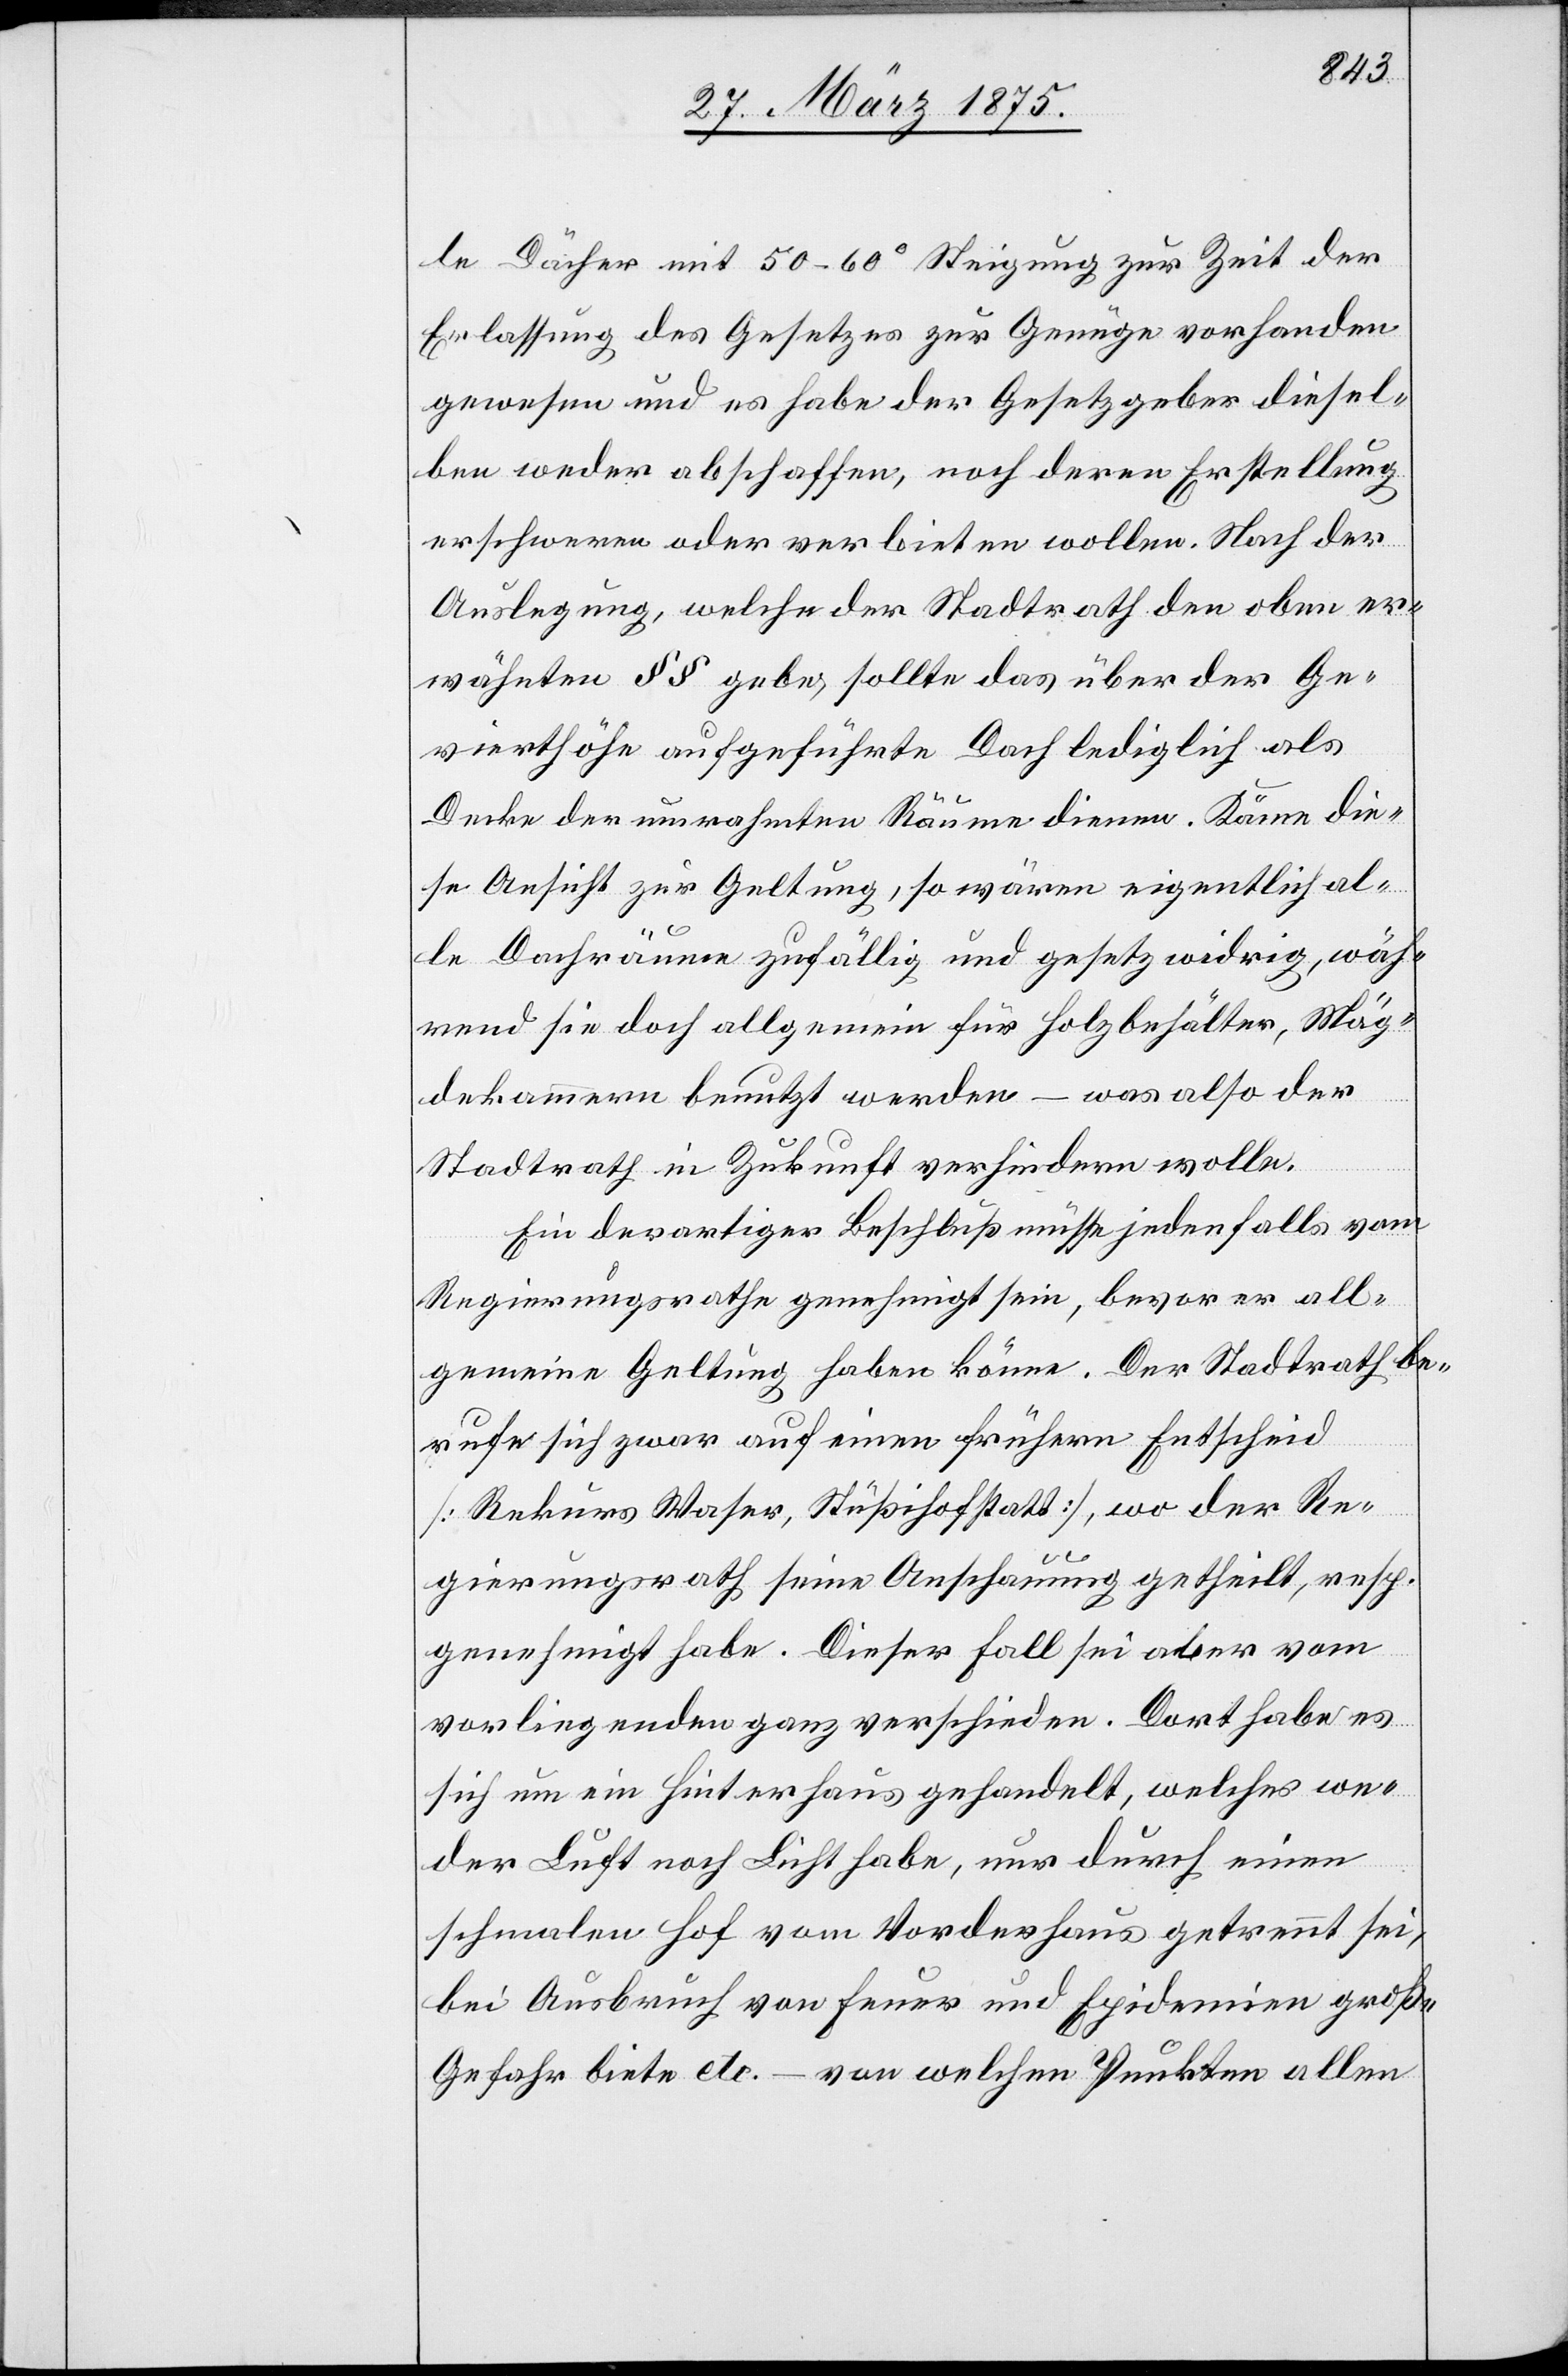
le Dächer mit 50–60° Steigung zur Zeit der
Erlassung des Gesetzes zur Genüge vorhanden
gewesen und es habe der Gesetzgeber diesel¬
ben weder abschaffen, noch deren Erstellung
erschweren oder verbieten wollen. Nach der
Auslegung, welche der Stadtrath den oben er¬
wähnten §§ gebe, sollte das über der Ge¬
vierthöhe aufgeführte Dach lediglich als
Decke der umrahmten Räume dienen. Käme die¬
se Ansicht zur Geltung, so wären eigentlich al¬
le Dachräume zufällig und gesetzwidrig, wäh¬
rend sie doch allgemein für Holzbehälter, Mäg¬
dekammern benutzt werden – was also der
Stadtrath in Zukunft verhindern wolle.
Ein derartiger Beschluß müsse jedenfalls vom
Regierungsrathe genehmigt sein, bevor er all¬
gemein Geltung haben könne. Der Stadtrath be¬
rufe sich zwar auf einen frühern Entscheid
[Rekurs Waser, Stüßihofstatt], wo der Re¬
gierungsrath seine Anschauung getheilt, resp.
genehmigt habe. Dieser Fall sei aber vom
vorliegenden ganz verschieden. Dort habe es
sich um ein Hinterhaus gehandelt, welches we¬
der Luft noch Licht habe, nur durch einen
schmalen Hof vom Vorderhaus getrennt sei,
bei Ausbruch von Feuer und Epidemien große
Gefahr biete etc. – von welchen Punkten allen